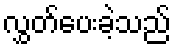
လွှတ်ပေးခဲ့သည်